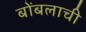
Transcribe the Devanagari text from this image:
बोंबलाची